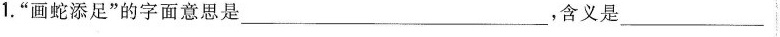
1.”画蛇添足”的字面意思是___，含义是